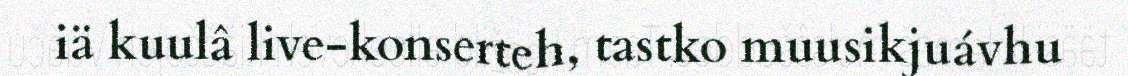
iä kuulâ live-konserteh, tastko muusikjuávhu